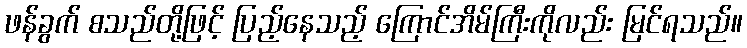
ဖန်ခွက် စသည်တို့ဖြင့် ပြည့်နေသည့် ကြောင်အိမ်ကြီးကိုလည်း မြင်ရသည်။